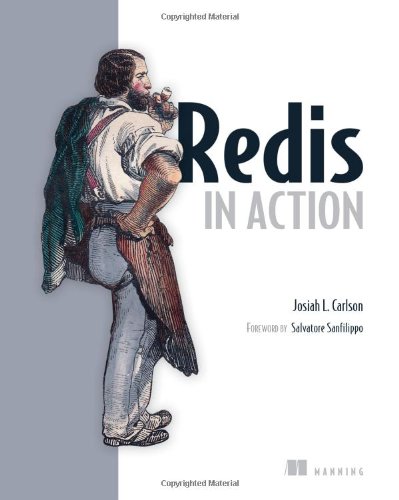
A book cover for Redis in Action; Josiah L. Carlson; Computers & Technology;